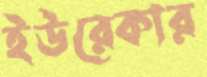
ইউরেকার